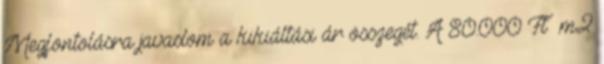
Megfontolásra javaslom a kikiáltási ár összegét. A 80.000 Ft m2